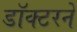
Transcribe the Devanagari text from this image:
डॉक्‍टरने